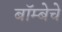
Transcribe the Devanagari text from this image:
बॉम्बेचे